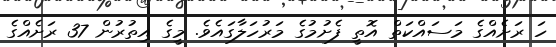
ހަ ރަށެއްގެ މަސައްކަތް އޮތީ ފެށުމުގެ މަރުހަލާގައެވެ. މީގެ އިތުރުން 37 ރަށެއްގެ